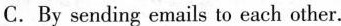
C.By sending emails to each other.